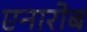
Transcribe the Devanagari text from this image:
एनारोब